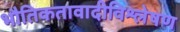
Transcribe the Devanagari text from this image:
भौतिकतावादीविश्लेषण